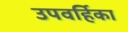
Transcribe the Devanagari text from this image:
उपवर्हिका